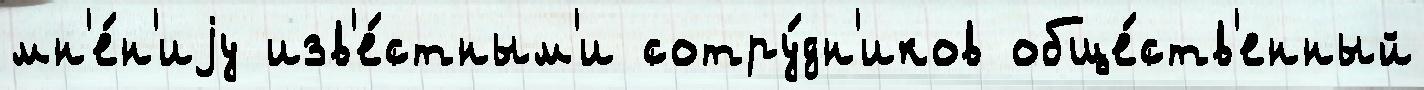
мн'е́н'иjу изв'е́стным'и сотру́дн'иков обще́ств'енный